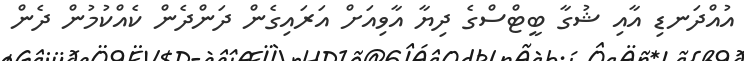
އުއްދަނޑި އާއި ޝުގާ ބީޓްސްގެ ދިޔާ އާވިއަށް އަރައިގެން ދަންދެން ކެއްކުމުން ދެން